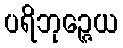
ပရိဘုဉ္ဇေယ